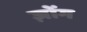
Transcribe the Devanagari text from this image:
ज़ोंग